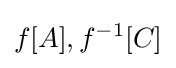
f[A],f^{-1}[C]